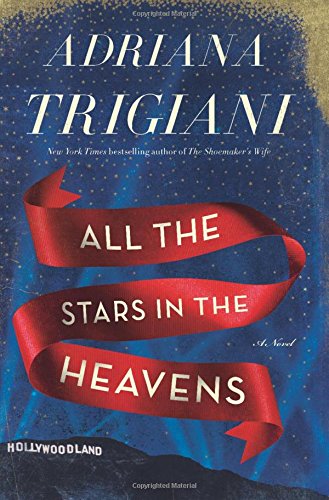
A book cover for All the Stars in the Heavens: A Novel; Adriana Trigiani; Literature & Fiction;